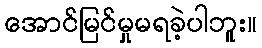
အောင်မြင်မှုမရခဲ့ပါဘူး။